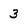
Character: 3